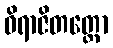
ဝိရာဇိတတ္တော